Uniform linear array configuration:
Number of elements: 8
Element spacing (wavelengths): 0.5
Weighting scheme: blackman
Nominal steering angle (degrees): -60
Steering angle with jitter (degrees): -60.652
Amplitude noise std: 0.05
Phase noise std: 0.05

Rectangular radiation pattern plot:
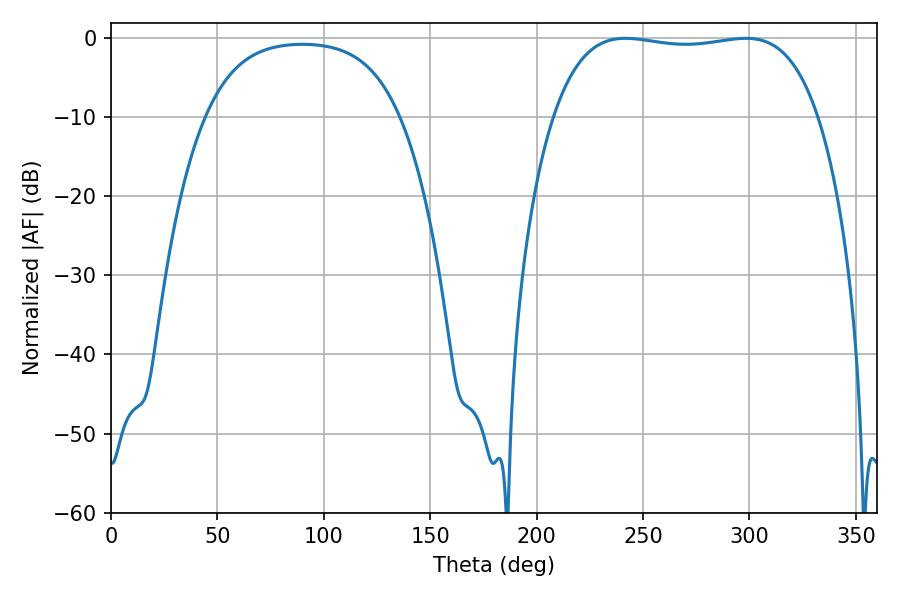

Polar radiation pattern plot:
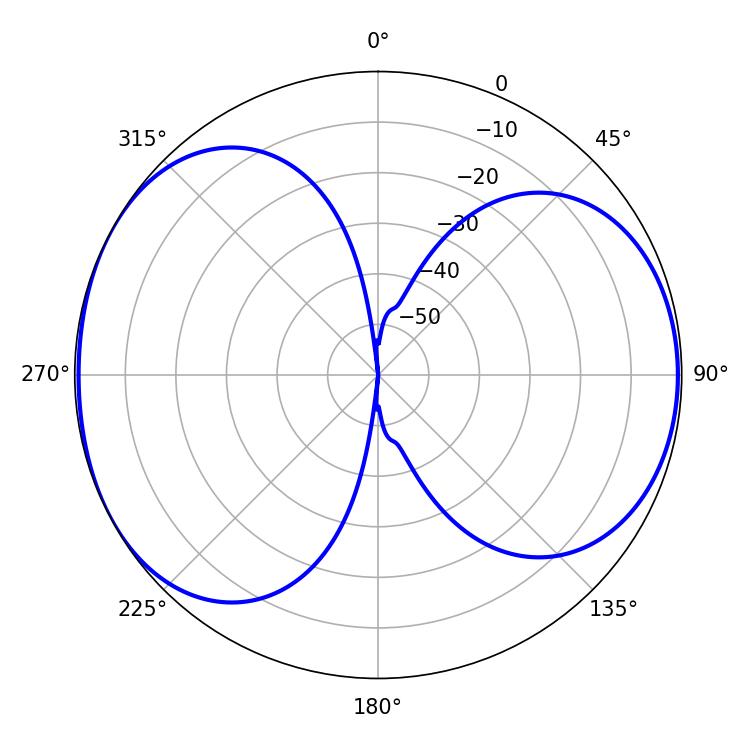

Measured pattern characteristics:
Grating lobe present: FALSE
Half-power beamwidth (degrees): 99.36
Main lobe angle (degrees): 241.74